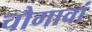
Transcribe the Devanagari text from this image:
चौगावां